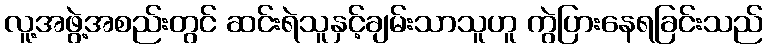
လူ့အဖွဲ့အစည်းတွင် ဆင်းရဲသူနှင့်ချမ်းသာသူဟူ ကွဲပြားနေရခြင်းသည်